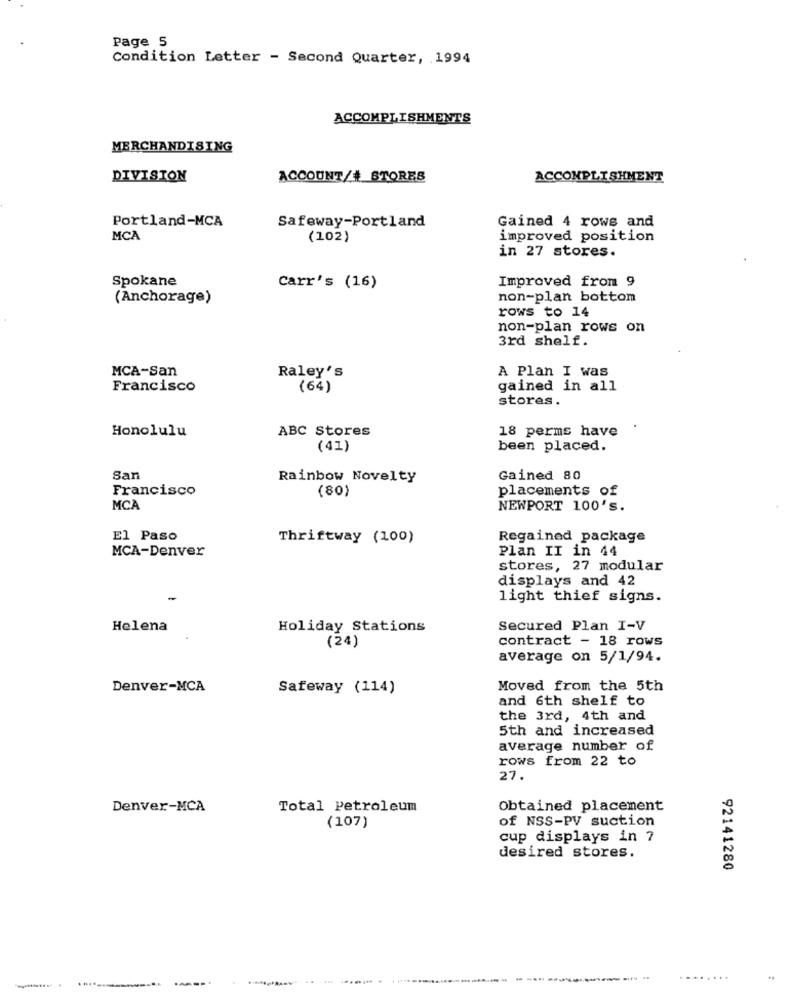
Page 5
Condition Letter - Second Quarter, 1994
ACCOMPLISHMENTS
MERCHANDISING
DIVISION
ACCOUNT/# STORES
ACCOMPLISHMENT
Portland-MCA
Safeway-Portland
Gained 4 rows and
MCA
(102)
improved position
in 27 stores.
Spokane
Improved from 9
Carr's (16)
(Anchorage)
non-plan bottom
rows to 14
non-plan rows on
3rd shelf.
MCA-San
Raley's
A Plan I was
Francisco
(64)
gained in all
stores .
Honolulu
ABC Stores
18 perms have
(41)
been placed.
San
Rainbow Novelty
Gained 80
Francisco
(80)
placements of
MCA
NEWPORT 100's.
El Paso
Thriftway (100)
Regained package
MCA-Denver
Plan II in 44
stores, 27 modular
displays and 42
light thief signs.
Helena
Holiday Stations
Secured Plan I-V
contract - 18 rows
(24)
average on 5/1/94.
Denver-MCA
Safeway (114)
Moved from the 5th
and 6th shelf to
the 3rd, 4th and
5th and increased
average number of
rows from 22 to
27.
Denver-MCA
Total Petroleum
Obtained placement
of NSS-PV suction
(107)
cup displays in 7
desired stores.
92141280
------------